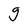
Character: g